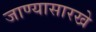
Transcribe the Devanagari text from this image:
जाण्यासारखे